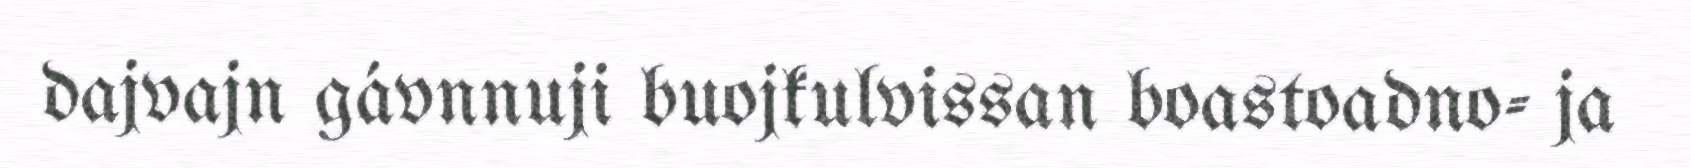
dajvajn gávnnuji buojkulvissan boastoadno- ja